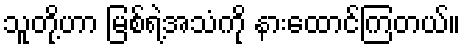
သူတို့ဟာ မြစ်ရဲ့အသံကို နားထောင်ကြတယ်။